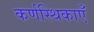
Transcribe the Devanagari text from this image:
कर्णस्थिकाएँ